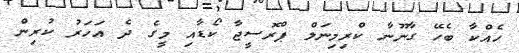
ހެއްކާ ބެހޭ ގާނޫނާ ކްރިމިނަލް ޕްރޮސީޖާ ކޯޑާއި މީގެ ދެ އަހަރު ކުރިން